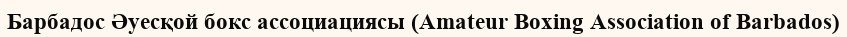
Барбадос Әуесқой бокс ассоциациясы (Amateur Boxing Association of Barbados)